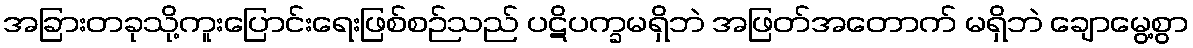
အခြားတခုသို့ကူးပြောင်းရေးဖြစ်စဉ်သည် ပဋိပက္ခမရှိဘဲ အဖြတ်အတောက် မရှိဘဲ ချောမွေ့စွာ